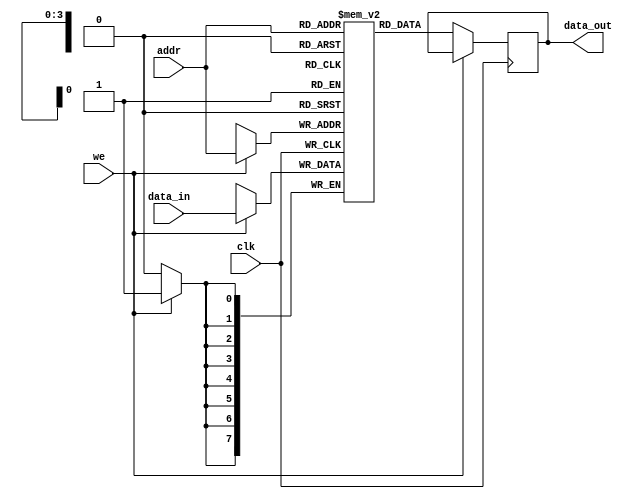
module parameterized_ram #(
    parameter DATA_WIDTH = 8,   // Number of bits per memory word
    parameter ADDR_WIDTH = 4     // Number of address lines
) (
    input wire clk,              // Clock signal
    input wire we,               // Write enable signal
    input wire [ADDR_WIDTH-1:0] addr, // Input address bus
    input wire [DATA_WIDTH-1:0] data_in, // Input data bus
    output reg [DATA_WIDTH-1:0] data_out // Output data bus
);

    // Calculate the depth of the RAM
    localparam DEPTH = 1 << ADDR_WIDTH; // 2^ADDR_WIDTH

    // Memory storage: an array of registers
    reg [DATA_WIDTH-1:0] memory [0:DEPTH-1];

    // Synchronous read/write operation
    always @(posedge clk) begin
        if (we) begin
            // Write operation
            memory[addr] <= data_in;
        end else begin
            // Read operation
            data_out <= memory[addr];
        end
    end

    // Optional asynchronous reset functionality
    // Uncomment the following lines if reset functionality is desired
    /*
    input wire rst, // Asynchronous reset signal
    always @(posedge clk or posedge rst) begin
        if (rst) begin
            integer i;
            for (i = 0; i < DEPTH; i = i + 1) begin
                memory[i] <= {DATA_WIDTH{1'b0}}; // Initialize memory to zero
            end
        end else begin
            if (we) begin
                memory[addr] <= data_in;
            end else begin
                data_out <= memory[addr];
            end
        end
    end
    */

endmodule